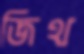
জিথ